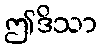
ဤဒိသာ